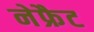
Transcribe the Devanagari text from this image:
नेफ्रैट